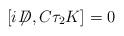
LaTeX: \begin{align*}[i\!\not{\!\! D},C \tau_2 K]=0\end{align*}